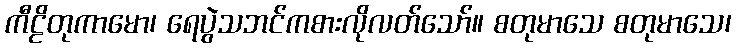
ကီဠိတုကာမော၊ ရေပွဲသဘင်ကစားလိုလတ်သော်။ စတုမာသေ စတုမာသေ၊